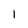
Character: l